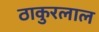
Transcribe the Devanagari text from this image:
ठाकुरलाल